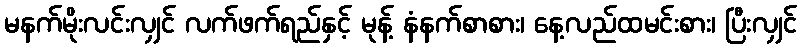
မနက်မိုးလင်းလျှင် လက်ဖက်ရည်နှင့် မုန့် နံနက်စာစား၊ နေ့လည်ထမင်းစား၊ ပြီးလျှင်